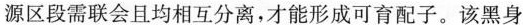
源区段需联会且均相互分离，才能形成可育配子。该黑身